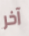
آخر